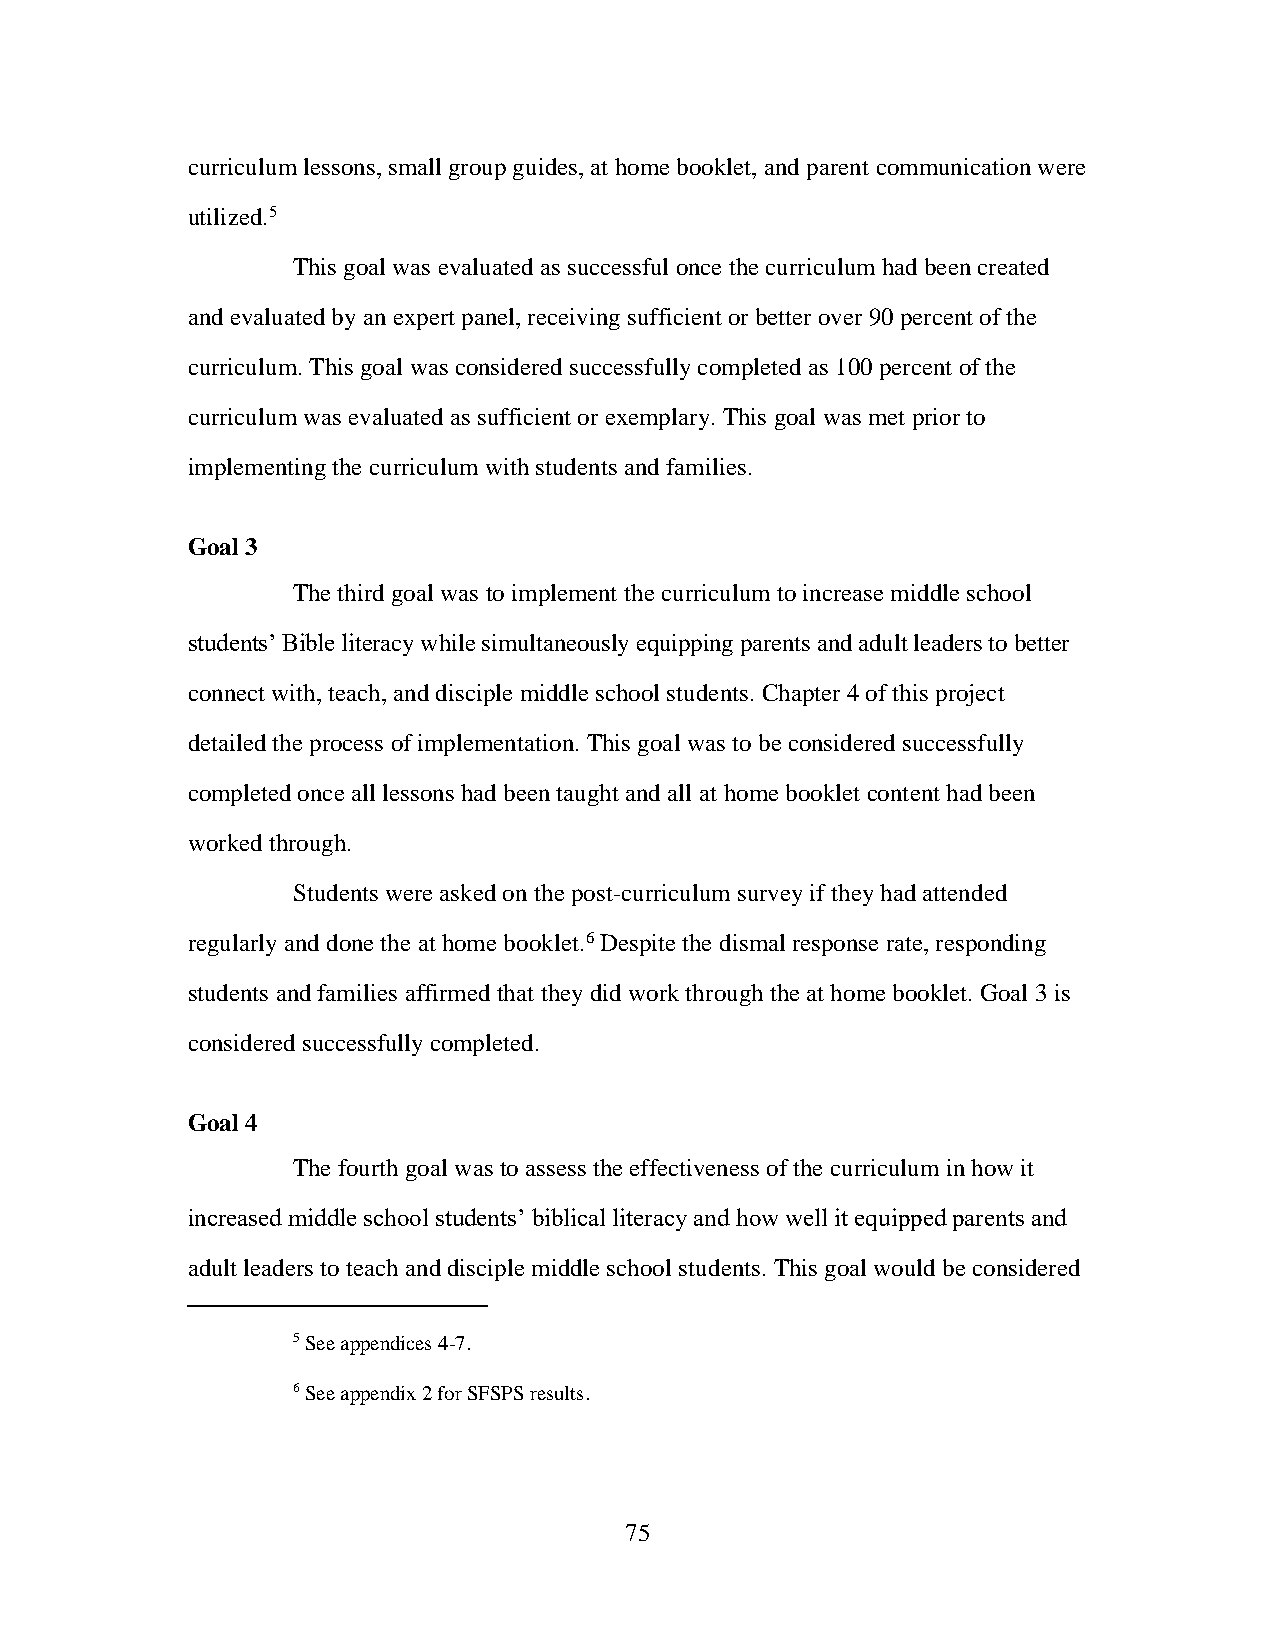
curriculum lessons, small group guides, at home booklet, and parent communication were
 utilized.5
 This goal was evaluated as successful once the curriculum had been created
 and evaluated by an expert panel, receiving sufficient or better over 90 percent of the
 curriculum. This goal was considered successfully completed as 100 percent of the
 curriculum was evaluated as sufficient or exemplary. This goal was met prior to
 implementing the curriculum with students and families.
 Goal 3
 The third goal was to implement the curriculum to increase middle school
 students’ Bible literacy while simultaneously equipping parents and adult leaders to better
 connect with, teach, and disciple middle school students. Chapter 4 of this project
 detailed the process of implementation. This goal was to be considered successfully
 completed once all lessons had been taught and all at home booklet content had been
 worked through.
 Students were asked on the post-curriculum survey if they had attended
 regularly and done the at home booklet.6 Despite the dismal response rate, responding
 students and families affirmed that they did work through the at home booklet. Goal 3 is
 considered successfully completed.
 Goal 4
 The fourth goal was to assess the effectiveness of the curriculum in how it
 increased middle school students’ biblical literacy and how well it equipped parents and
 adult leaders to teach and disciple middle school students. This goal would be considered
 5 See appendices 4-7.
 6 See appendix 2 for SFSPS results.
 75